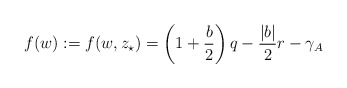
\begin{align*} f(w):=f(w,z_{\star})=\left(1+\frac{b}{2}\right)q - \frac{|b|}{2}r - \gamma_A \end{align*}